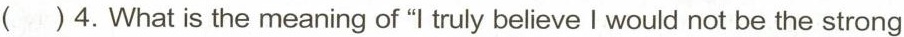
( )4.What is the meaning of "l truly believe I would not be the strong